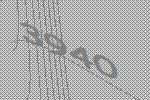
3940